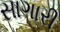
સાગારી